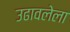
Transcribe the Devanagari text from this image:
उढावलेला